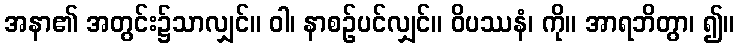
အနာ၏ အတွင်း၌သာလျှင်။ ဝါ၊ နာစဉ်ပင်လျှင်။ ဝိပဿနံ၊ ကို။ အာရဘိတွာ၊ ၍။